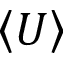
\left< U \right>